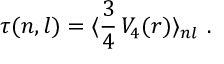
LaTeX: \tau ( n , l ) = \langle \frac { 3 } { 4 } \, V _ { 4 } ( r ) \rangle _ { n l } \ .